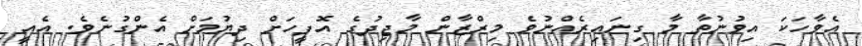
އެވާހަކަ އިވުނުތާ މާ ގިނައިރެއްނުވެ މިރްޒާން މާޖިދުގެ އޮފީހަށް ދިޔުމަށް އެންގުނެވެ. އެއީ